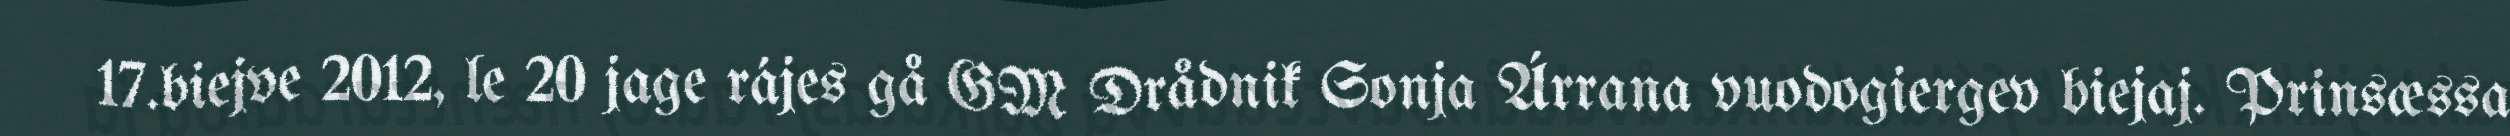
17.biejve 2012, le 20 jage rájes gå GM Drådnik Sonja Árrana vuodogiergev biejaj. Prinsæssa